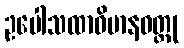
ဥပေါသထာဝိမာနဝတ္ထု